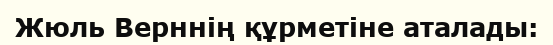
Жюль Верннің құрметіне аталады: